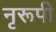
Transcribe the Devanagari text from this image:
नृरूपी